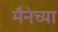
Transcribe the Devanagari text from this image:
मैनेच्या